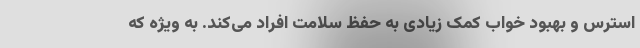
استرس و بهبود خواب کمک زیادی به حفظ سلامت افراد می‌کند. به ویژه که